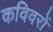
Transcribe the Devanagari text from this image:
कविवरों